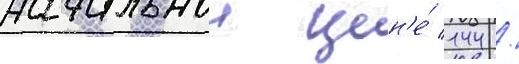
начальнои цен'е́ 144 /